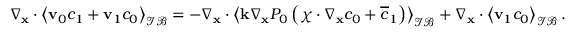
\begin{array} { r } { \nabla _ { \mathbf x } \cdot \left\langle \mathbf v _ { 0 } c _ { 1 } + \mathbf v _ { 1 } c _ { 0 } \right\rangle _ { \mathcal { I B } } = - \nabla _ { \mathbf x } \cdot \left\langle \mathbf k \nabla _ { \mathbf x } P _ { 0 } \left( \boldsymbol \chi \cdot \nabla _ { \mathbf x } c _ { 0 } + \overline { { c } } _ { 1 } \right) \right\rangle _ { \mathcal { I B } } + \nabla _ { \mathbf x } \cdot \left\langle \mathbf v _ { 1 } c _ { 0 } \right\rangle _ { \mathcal { I B } } . } \end{array}